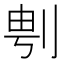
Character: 𱐚